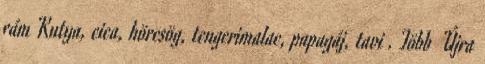
rám Kutya, cica, hörcsög, tengerimalac, papagáj, tavi . Több Újra